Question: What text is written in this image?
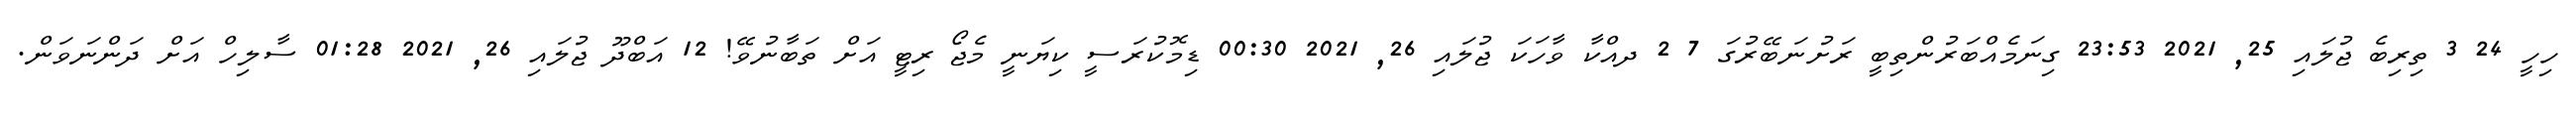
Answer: ހިހީ 24 3 ތިރިބެ ޖުލައި 25, 2021 23:53 ގިނަމެއްބަރުންތިބީ ރަށުނަބޭރުގަ 7 2 ދއްކާ ވާހަކަ ޖުލައި 26, 2021 00:30 ޑިމޮކުރަސީ ކިޔަނީ މެޖޯ ރިޓީ އަށް ތަބާނުވޭ! 12 އަބްދޫ ޖުލައި 26, 2021 01:28 ސާލިހް އަށް ދަންނަވަން.